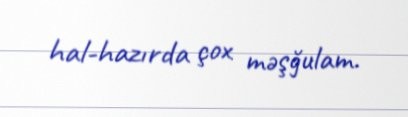
hal-hazırda çox məşğulam.